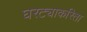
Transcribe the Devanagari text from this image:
घरट्याकरिता